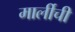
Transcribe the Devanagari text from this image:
मार्लीची